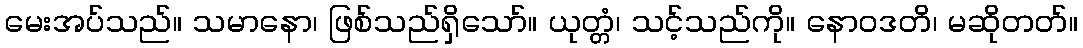
မေးအပ်သည်။ သမာနော၊ ဖြစ်သည်ရှိသော်။ ယုတ္တံ၊ သင့်သည်ကို။ နောဝဒတိ၊ မဆိုတတ်။